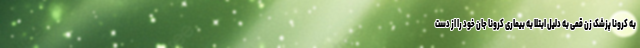
به کرونا پزشک زن قمی به دلیل ابتلا به بیماری کرونا جان خود را از دست